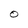
Character: O